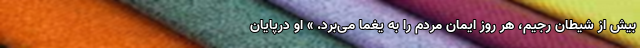
بیش از شیطان رجیم، هر روز ایمان مردم را به یغما می‌برد. » او درپایان